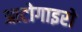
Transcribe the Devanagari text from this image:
आटोगाइरो